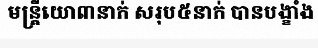
មន្ត្រីយោ៣នាក់ សរុប៥នាក់ បានបង្ខាំង